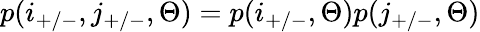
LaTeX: p(i_{+/-},j_{+/-},\Theta)=p(i_{+/-},\Theta)p(j_{+/-},\Theta)